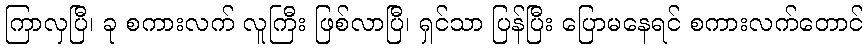
ကြာလှပြီ၊ ခု စကားလက် လူကြီး ဖြစ်လာပြီ၊ ရှင်သာ ပြန်ပြီး ပြောမနေရင် စကားလက်တောင်